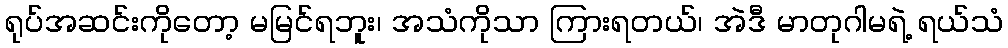
ရုပ်အဆင်းကိုတော့ မမြင်ရဘူး၊ အသံကိုသာ ကြားရတယ်၊ အဲဒီ မာတုဂါမရဲ့ ရယ်သံ